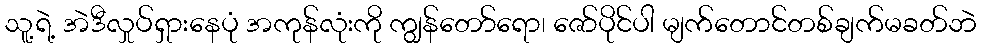
သူ့ရဲ့ အဲဒီလှုပ်ရှားနေပုံ အကုန်လုံးကို ကျွန်တော်ရော၊ ဇော်ပိုင်ပါ မျက်တောင်တစ်ချက်မခတ်ဘဲ